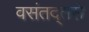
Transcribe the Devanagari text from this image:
वसंतद्तसे